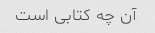
آن چه کتابی است